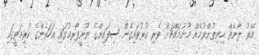
އޭރު ލާނެތް ހިނިތުންވުމެއް މޫނުމައްޗަށް ވެރި ކުރުވައިގެން ސިފައިންގެ ޔުނީފޯރމުގައި އަހަރެންގެ ކުރިމަތީގައި